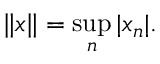
\| x \| = \operatorname* { s u p } _ { n } | x _ { n } | .